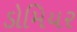
ડોમિયર